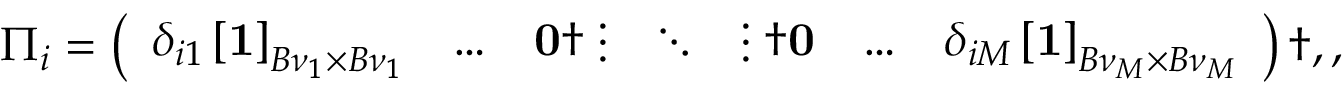
\begin{array} { r } { \Pi _ { i } = \left( \begin{array} { l l l l l l l } { \delta _ { i 1 } \left[ \mathbf { 1 } \right] _ { B { \nu } _ { 1 } \times B { \nu } _ { 1 } } } & { \dots } & { \mathbf { 0 } \dag \vdots } & { \ddots } & { \vdots \dag \mathbf { 0 } } & { \dots } & { \delta _ { i M } \left[ \mathbf { 1 } \right] _ { B { \nu } _ { M } \times B { \nu } _ { M } } } \end{array} \right) \dag , , } \end{array}